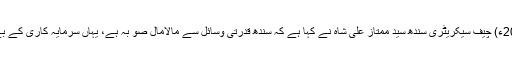
26 فروری2020ء) چیف سیکریٹری سندھ سید ممتاز علی شاہ نے کہا ہے کہ سندھ قدرتی وسائل سے مالامال صو بہ ہے، یہاں سرمایہ کاری کے بے حد مواقع ہیں ۔